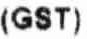
(GST)